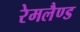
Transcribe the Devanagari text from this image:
रेमलैण्ड